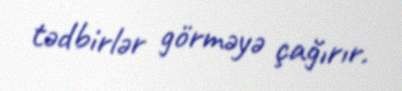
tədbirlər görməyə çağırır.